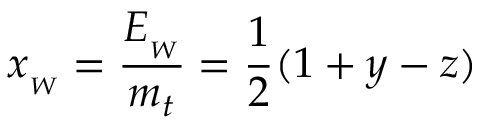
x _ { _ W } = { \frac { E _ { _ W } } { m _ { t } } } = { \frac { 1 } { 2 } } ( 1 + y - z )